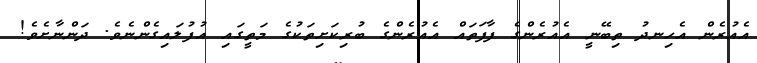
އެއުރެން އެހިނދު ތިބޭނީ އެއުރެންގެ ފާފަތައް އެއުރެންގެ ބުރިކަށިތަކުގެ މަތީގައި އުފުލައިގެންނެވެ. ދަންނާށެވެ!